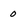
Character: 0